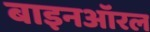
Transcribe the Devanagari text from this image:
बाइनऑरल